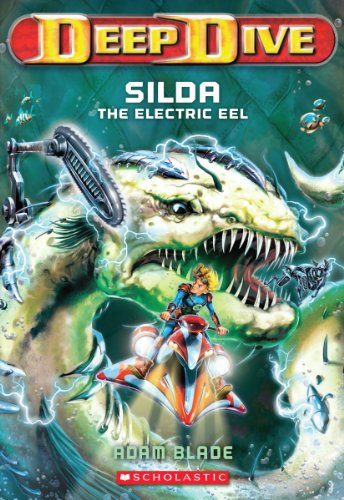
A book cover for Deep Dive #2: Silda the Electric Eel; Adam Blade; Children's Books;